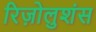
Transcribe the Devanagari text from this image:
रिज़ोलुशंस